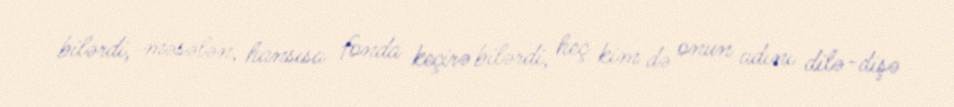
bilərdi, məsələn, hansısa fonda keçirə bilərdi, heç kim də onun adını dilə-dişə